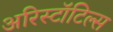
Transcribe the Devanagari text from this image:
अरिस्टॉटिल्स